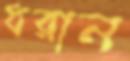
ধরান